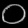
Digit: ၀